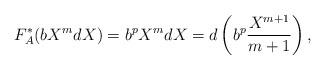
LaTeX: \begin{align*}F_A^*(bX^mdX) = b^pX^mdX = d\left(b^p\frac{X^{m+1}}{m+1}\right),\end{align*}